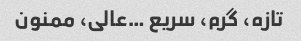
تازه، گرم، سریع …عالی، ممنون